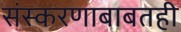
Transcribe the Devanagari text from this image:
संस्करणाबाबतही